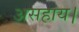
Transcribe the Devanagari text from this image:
असहाय।